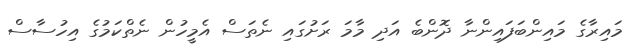
މައިރާގެ މައިންބަފައިންނާ ދޮންބެ އަދި މާމަ ރަށުގައި ނެތަސް އެމީހުން ނެތްކަމުގެ އިހުސާސް